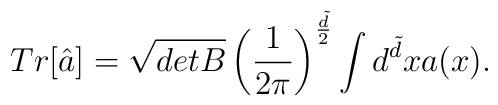
Tr[\hat{a}] =\sqrt{detB} \left(\frac{1}{2\pi} \right)^{\frac{\tilde{d}}{2}}\int d^{\tilde{d}}x a(x) .